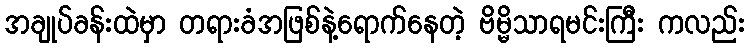
အချုပ်ခန်းထဲမှာ တရားခံအဖြစ်နဲ့ရောက်နေတဲ့ ဗိမ္မိသာရမင်းကြီး ကလည်း